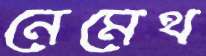
নেমেথ